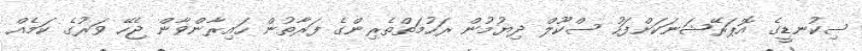
ސިކުނޑީގެ އޮޕަރޭޝަނަކަށްފަހު ސްކޫލް ދިޔުމުން ރަހުމަތްތެރިންގެ ފަރާތުން ހައިރާންވާން ޖެހޭ ވަރުގެ ކަމެއް